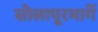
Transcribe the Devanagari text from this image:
सोलापूरमार्गे